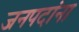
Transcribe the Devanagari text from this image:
जनपदांना